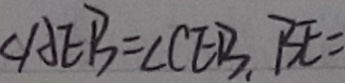
\angle A E B = \angle C E B , B E =